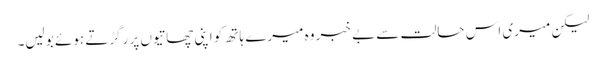
لیکن میری اس حالت سے بے خبر وہ میرے ہاتھ کو اپنی چھاتیوں پر رگڑتے ہوئے بولیں۔